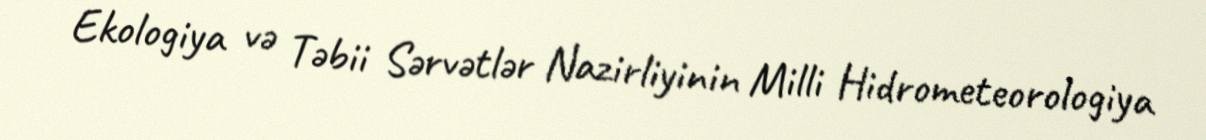
Ekologiya və Təbii Sərvətlər Nazirliyinin Milli Hidrometeorologiya